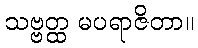
သဗ္ဗတ္ထ မပရာဇိတာ။